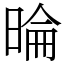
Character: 㫻